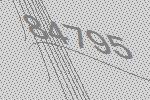
84795